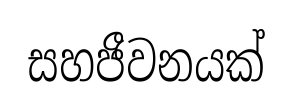
සහජීවනයක්